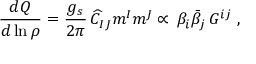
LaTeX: { \frac { d { Q } } { d \ln { \rho } } } = { \frac { g _ { s } } { 2 \pi } } \, { \widehat C _ { I J } m ^ { I } m ^ { J } } \propto \, { \beta _ { i } \bar { \beta } _ { j } \, G ^ { i j } } ~ ,